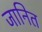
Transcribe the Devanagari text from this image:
जानित